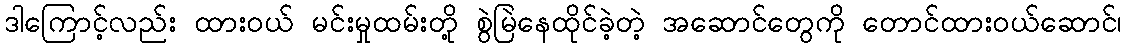
ဒါကြောင့်လည်း ထားဝယ် မင်းမှုထမ်းတို့ စွဲမြဲနေထိုင်ခဲ့တဲ့ အဆောင်တွေကို တောင်ထားဝယ်ဆောင်၊